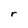
Character: r